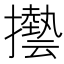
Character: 𫾓